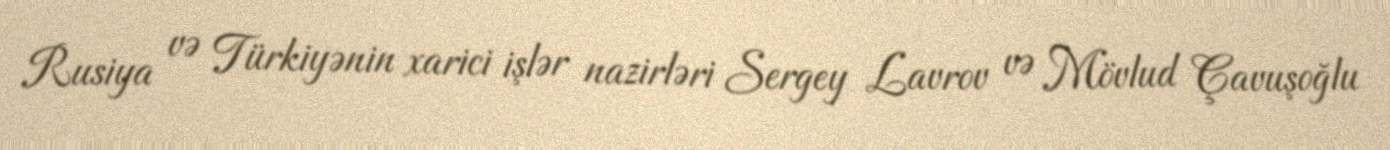
Rusiya və Türkiyənin xarici işlər nazirləri Sergey Lavrov və Mövlud Çavuşoğlu